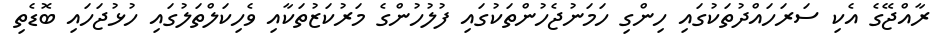
ރާއްޖޭގެ އެކި ސަރަހައްދުތަކުގައި ހިންގި ހަމަނުޖެހުންތަކުގައި ފުލުހުންގެ މަރުކަޒުތަކާއި ވެހިކަލްތަލުގައި ހުޅުޖަހައި ބޮޑެތި